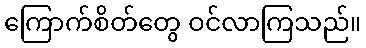
ကြောက်စိတ်တွေ ဝင်လာကြသည်။